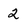
Character: 2